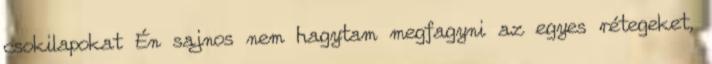
csokilapokat Én sajnos nem hagytam megfagyni az egyes rétegeket,